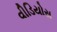
વીડિયોસ